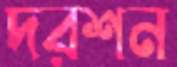
দরশন